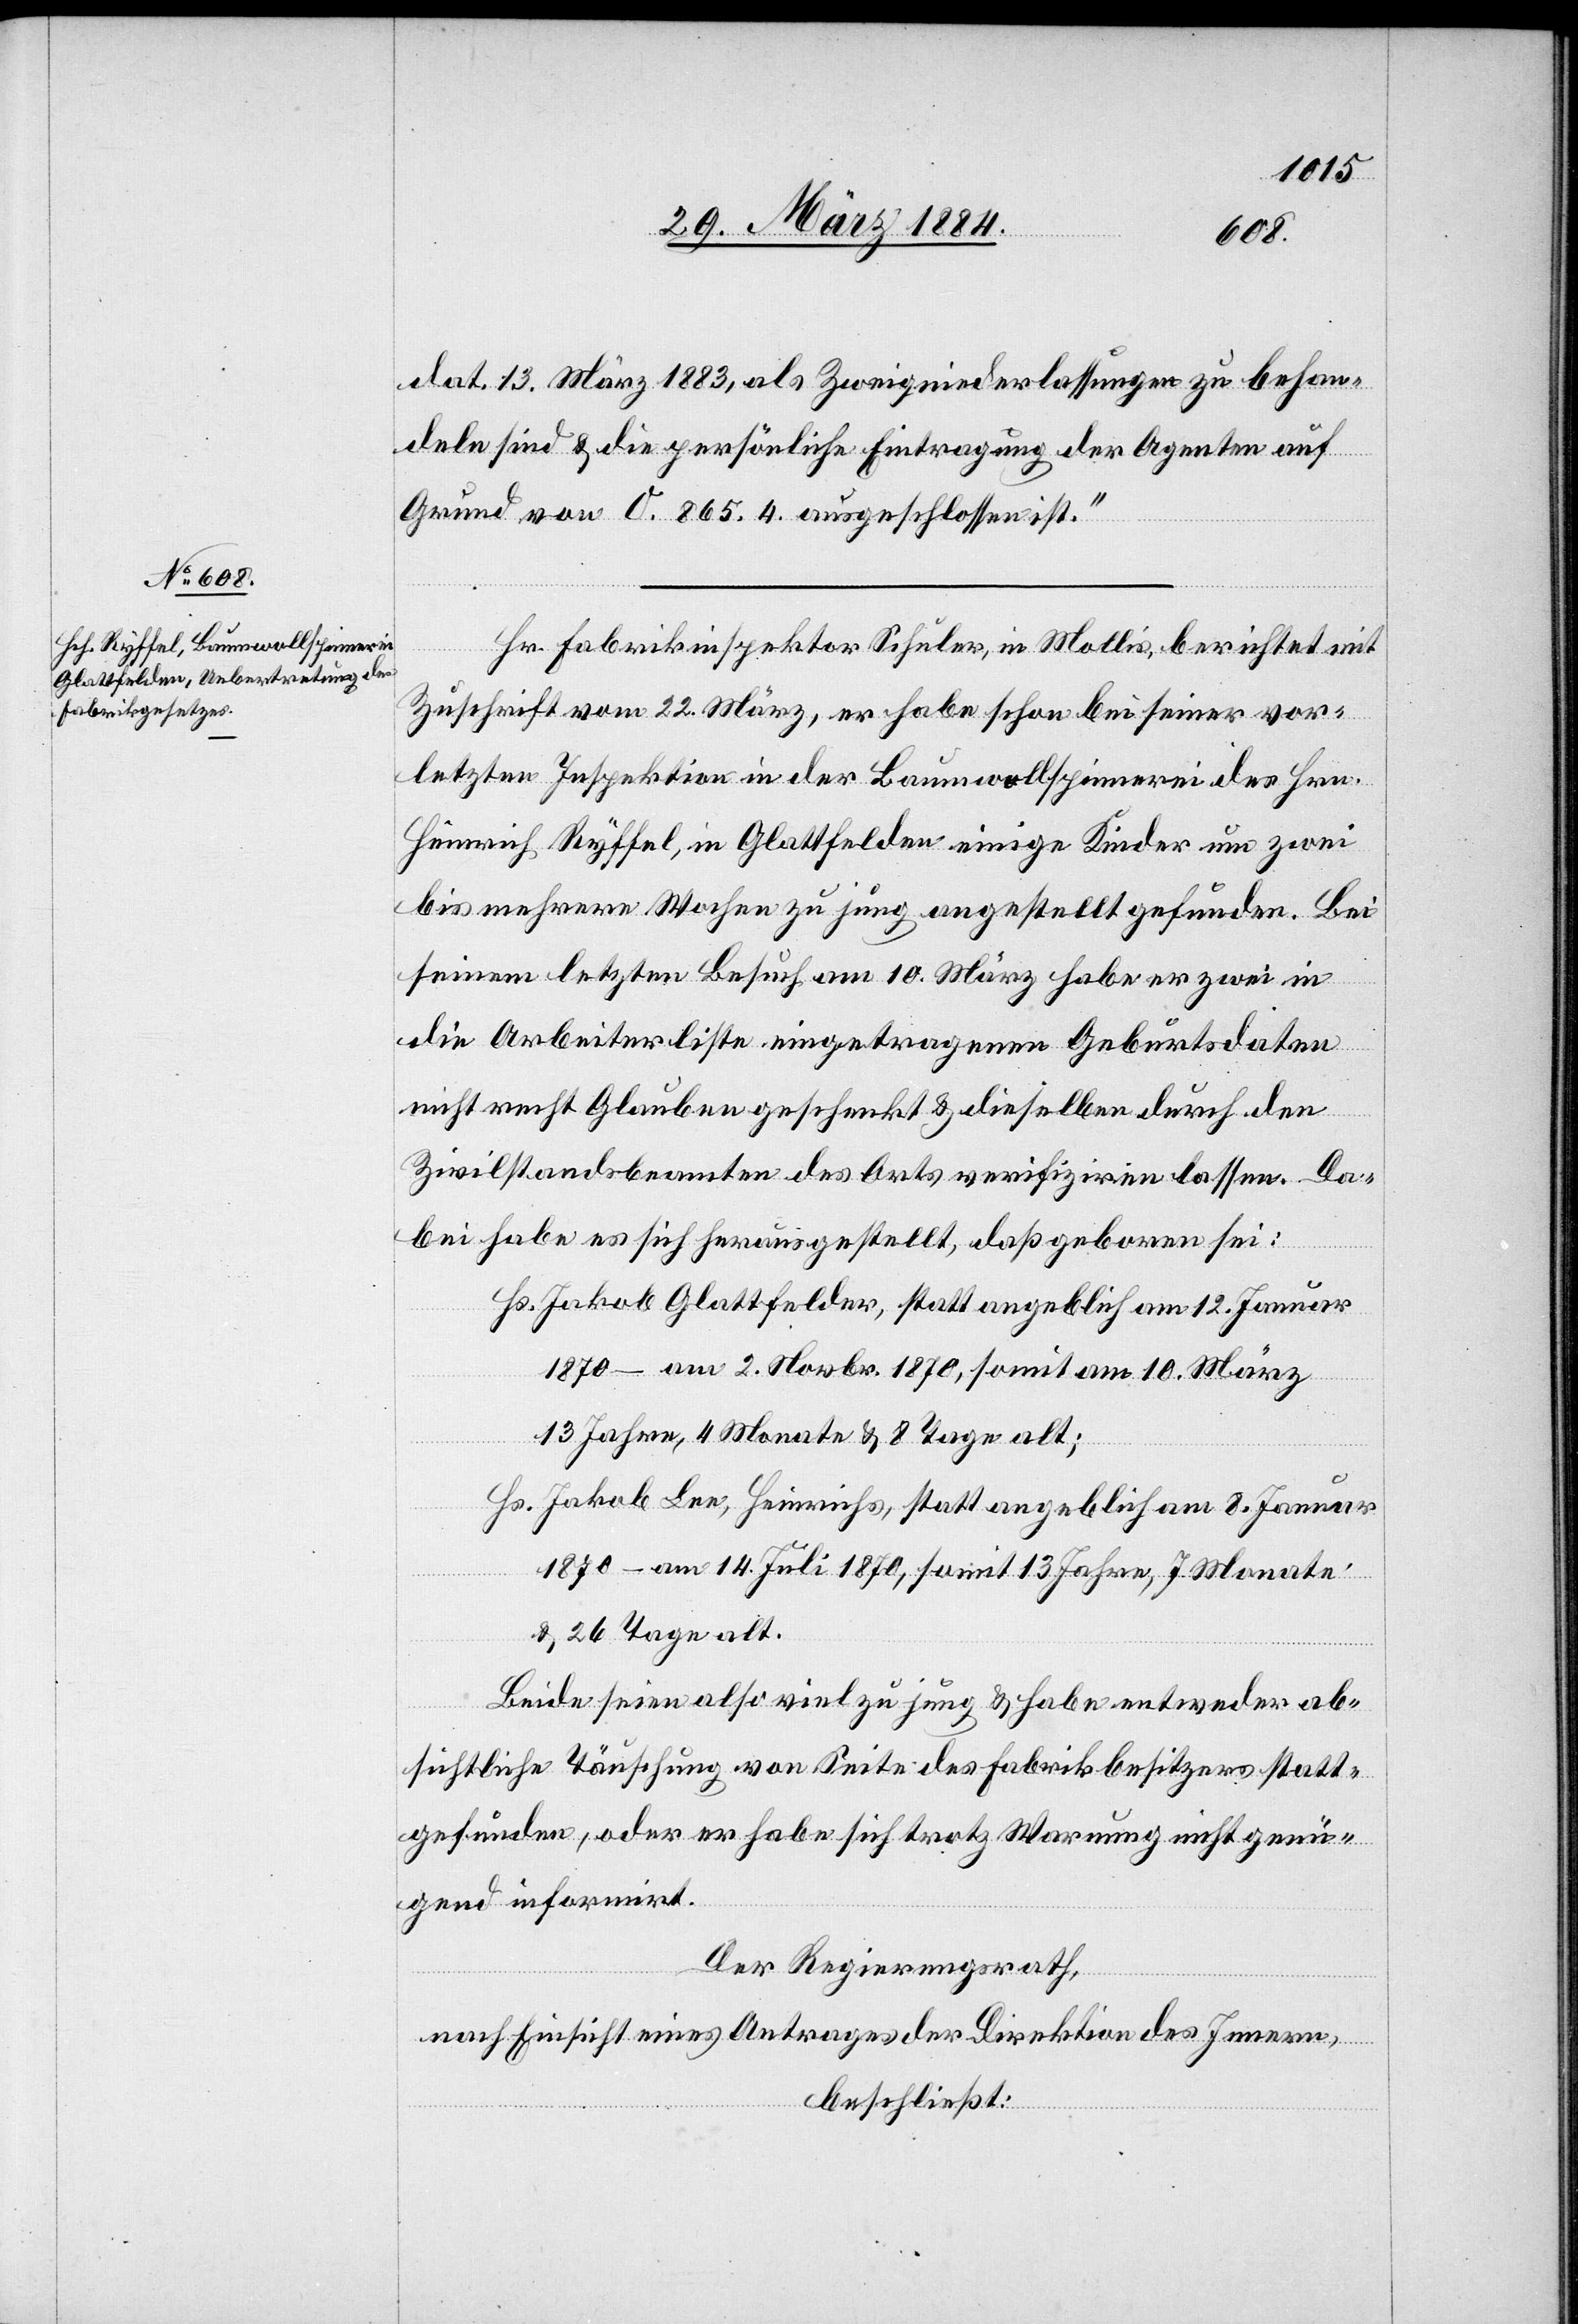
dat. 13. März 1883, als Zweigniederlassungen zu behan¬
deln sind & die persönliche Eintragung der Agenten auf
Grund von O. 865.4 ausgeschlossen ist.“
Hr. Fabrikinspektor Schuler, in Mollis, Berichtet mit
Zuschrift vom 22. März, er habe schon bei seiner vor¬
letzten Inspektion in der Baumwollspinnerei des Hrn.
Heinrich Ryffel, in Glattfelden einige Kinder um zwei
bis mehrere Wochen zu jung angestellt gefunden. Bei
seinem letzten Besuch am 10. März habe er zwei in
die Arbeiterliste eingetragene Geburtsdaten
nicht recht Glauben geschenkt & dieselben durch den
Zivilstandsbeamten des Ortes verifiziren lassen. Da¬
bei habe sich herausgestellt, daß geboren sei:
Hs. Jakob Glattfelder, statt angeblich am 12. Januar
1870 – am 2. Novbr. 1870, somit am 10. März
13 Jahre, 4 Monate & 8 Tage alt;
Hs. Jakob Lee, Heinrichs, statt angeblich am 8. Januar
1870 – am 14. Juli 1870, somit 13 Jahre, 7 Monate
& 26 Tage alt.
Beide seien also viel zu jung & habe entweder ab¬
sichtliche Täuschung von Seite des Fabrikbesitzers statt¬
gefunden, oder er habe sich trotz Warnung nicht genü¬
gend informirt.
Der Regierungsrath,
nach Einsicht eines Antrages der Direktion des Innern,
beschließt: